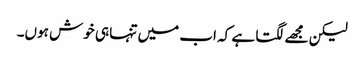
لیکن مجھے لگتا ہے کہ اب میں تنہا ہی خوش ہوں۔